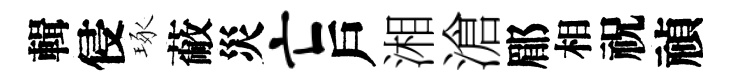
輯侵琢蔽災亡戶湘滄郿相祝禎